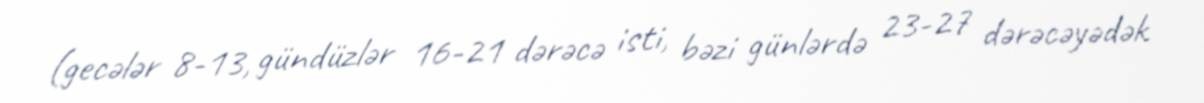
(gecələr 8-13, gündüzlər 16-21 dərəcə isti, bəzi günlərdə 23-27 dərəcəyədək